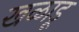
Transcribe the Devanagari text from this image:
खळाडू